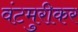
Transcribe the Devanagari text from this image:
वंटमुरीकर